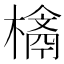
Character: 𣛉